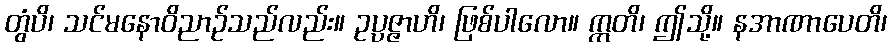
တွံပိ၊ သင်မနောဝိညာဉ်သည်လည်း။ ဥပ္ပဇ္ဇာဟိ၊ ဖြစ်ပါလော။ ဣတိ၊ ဤသို့။ နအာဏာပေတိ၊